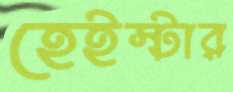
হেইস্টার